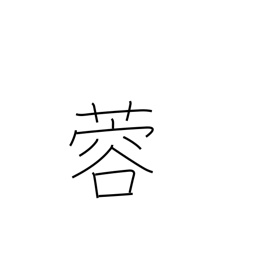
Meaning: lotus